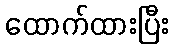
ထောက်ထားပြီး